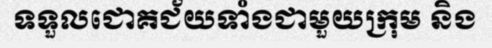
ទទួលជោគជ័យទាំងជាមួយក្រុម និង